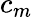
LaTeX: c_{m}